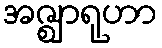
အဇ္ဈာရုဟာ